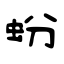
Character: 蚡